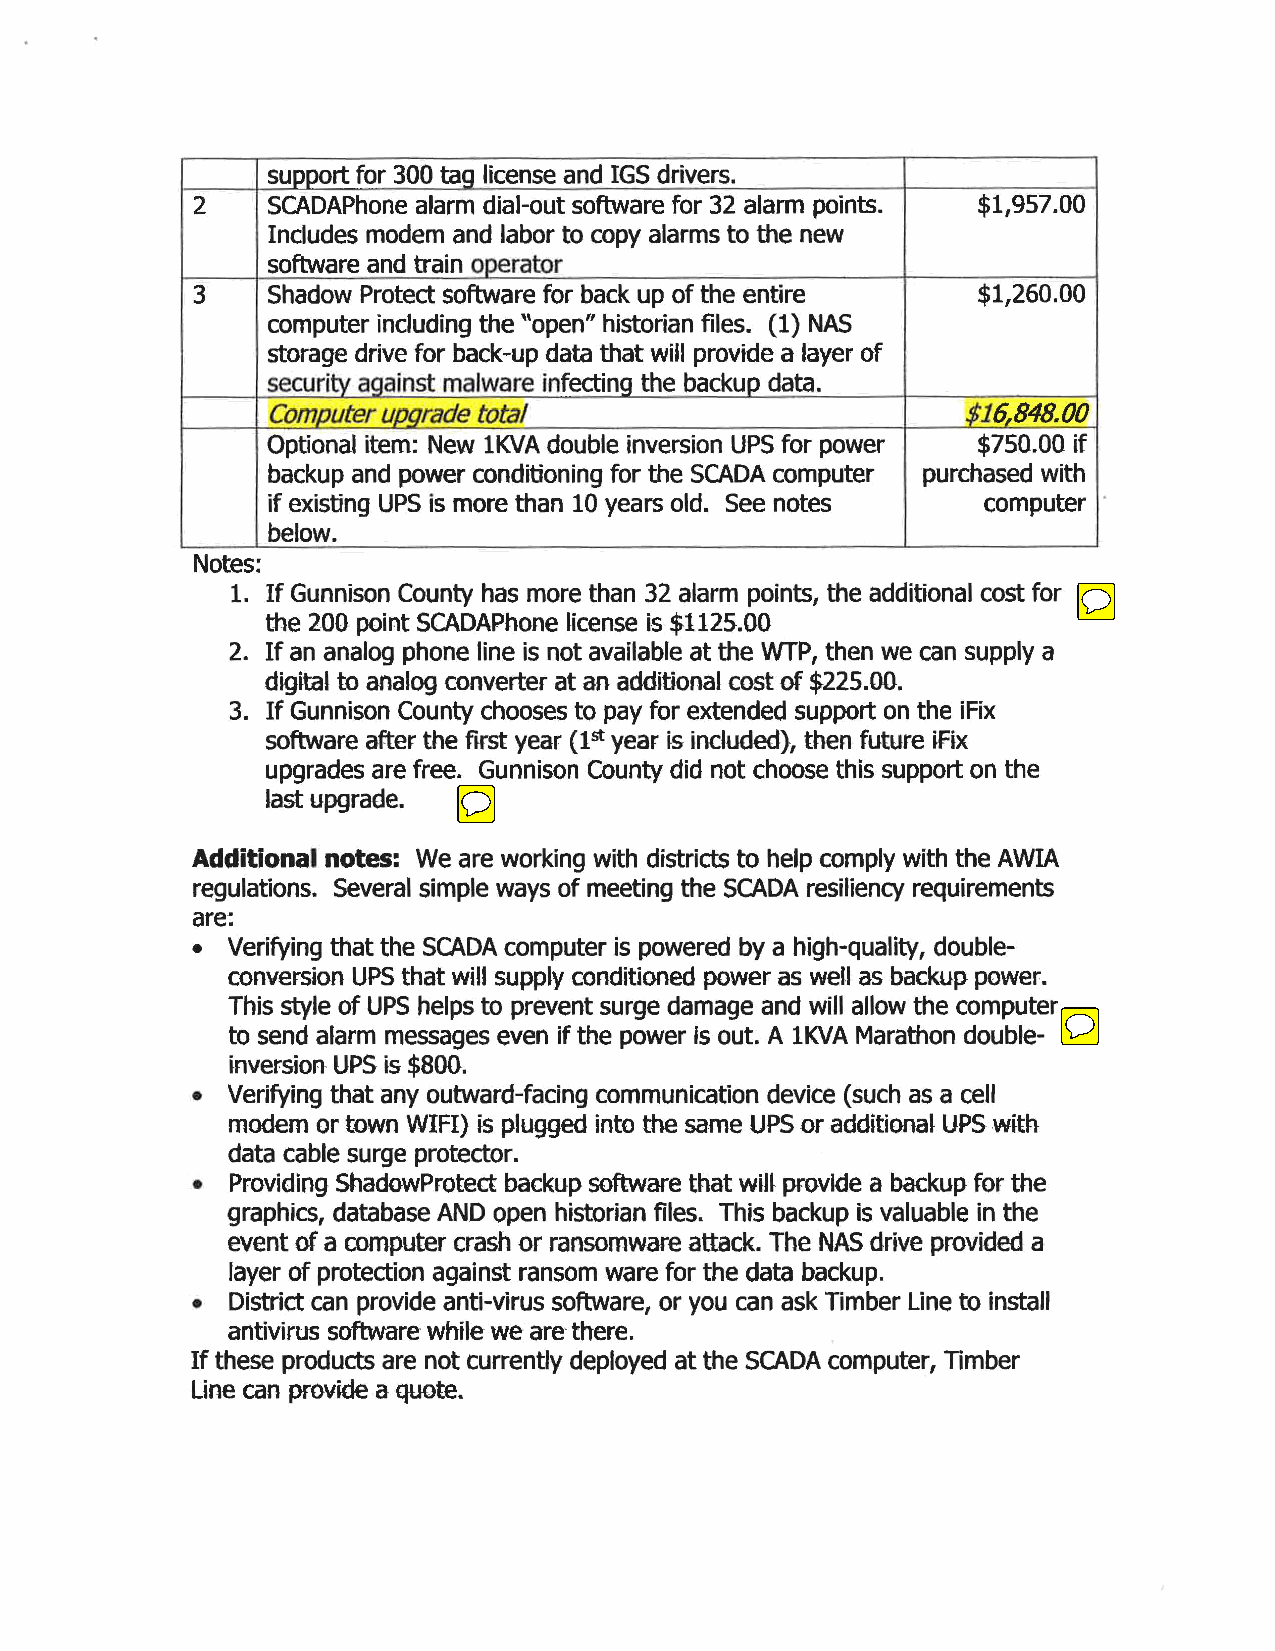
suooort for 300 tag license and IGS drivers.
 2    SCADAPhone alarm dial-out software for 32 alarm points. $1,957.00
 Includes modem and labor to copy alarms to the new
 software and train operator
 3    Shadow Protect software for back up of the entire $1,260.00
 computer including the "open" historian files. (1) NAS
 storage drive for back-up data that will provide a layer of
 security aciainst malware infecting the backup data.
 Computer uoarade total                        $16,848.00
 Optional item: New lKVA double inversion UPS for power $750.00 if
 backup and power conditioning for the SCADA computer purchased with
 if existing UPS is more than 10 years old. See notes computer
 below.
 Notes:
 1. If Gunnison County has more than 32 alarm points, the additional cost for
 the 200 point SCADAPhone license is $1125.00
 2. If an analog phone line is not available at the WTP, then we can supply a
 digital to analog converter at an additional cost of $225.00.
 3. If Gunnison County chooses to pay for extended support on the iFix
 software after the first year (tst year is included}, then future iFix
 upgrades are free. Gunnison County did not choose this support on the
 last upgrade.
 Additional notes: We are working with districts to help comply with the AWIA
 regulations. Several simple ways of meeting the SCADA resiliency requirements
 are:
 •  Verifying that the SCADA computer is powered by a high-quality, double
 conversion UPS that will supply conditioned power as well as backup power.
 This style of UPS helps to prevent surge damage and will allow the computer
 to send alarm messages even if the power Is out. A lKVA Marathon double
 inversion-UPS is $800.
 •  Verifying that any outward-facing communication device (such as a cell
 modem or town WIFI} is plugged into the same UPS or additional UPS with
 data cable surge protector.
 wm
 •  Providing ShadowProtect backup software that provide a backup for the
 graphics, database AND open historian files. This backup is valuable in the
 event of a computer crash or ransomware attack. The NAS drive provided a
 layer of protection against ransom ware for the data backup.
 •  District can provide anti-virus software, or you can ask Timber Line to install
 antivirus software while we are there.
 If these products are not currently deployed at the SCADA computer, Timber
 Line can provkle a quote.